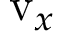
\mathrm { v } _ { x }